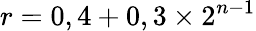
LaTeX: r=0,4+0,3\times 2^{n-1}